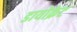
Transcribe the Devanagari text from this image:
डायोक्रेट